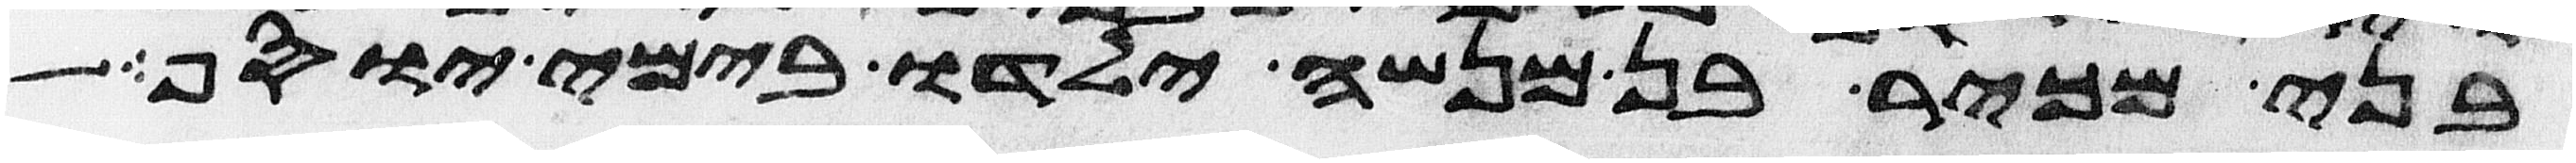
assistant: בני מכיר בן מנשה ילדו בימי יוסף